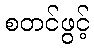
စတင်ဖွင့်